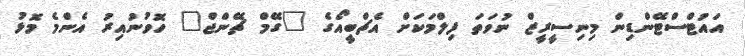
އައުޓްސްޓޭންޑިން މިނިސީރީޒް ނުވަތަ ފިލްމަކަށް އެޗްބީއޯގެ "ގޭމް ޗޭންޖް" ހޮވުނުއިރު އެންމެ މޮޅު